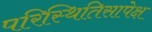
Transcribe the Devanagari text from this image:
परिस्थितिसापेक्ष